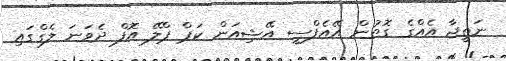
ނަތީޖާ އެއްގެ ގޮތުން އޭއެފްސީ އޭޝިއަން ކަޕް ޕްލޭ އޮފް ދެވަނަ ލެގްގައި